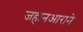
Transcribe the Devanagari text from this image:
जहानआराने